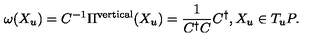
\omega ( X _ { u } ) = C ^ { - 1 } \Pi ^ { \mathrm { v e r t i c a l } } ( X _ { u } ) = \frac { 1 } { C ^ { \dagger } C } C ^ { \dagger } , X _ { u } \in T _ { u } P .